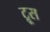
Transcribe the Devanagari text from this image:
ट्रूस